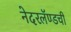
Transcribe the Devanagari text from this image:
नेदरलॅण्डची